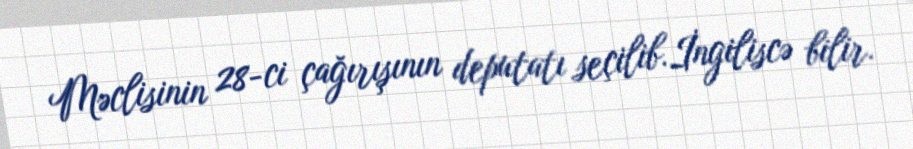
Məclisinin 28-ci çağırışının deputatı seçilib.İngiliscə bilir.